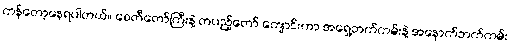
ကန်တော့နေရပါတယ်။ စေတီတော်ကြီးနဲ့ တပည့်တော် ကျောင်းဟာ အရှေ့ဘက်ကမ်းနဲ့ အနောက်ဘက်ကမ်း